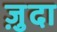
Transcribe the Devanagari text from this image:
ज़ुदा